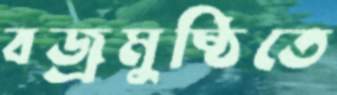
বজ্রমুষ্ঠিতে